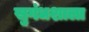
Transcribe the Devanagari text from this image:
सुगंधशाला